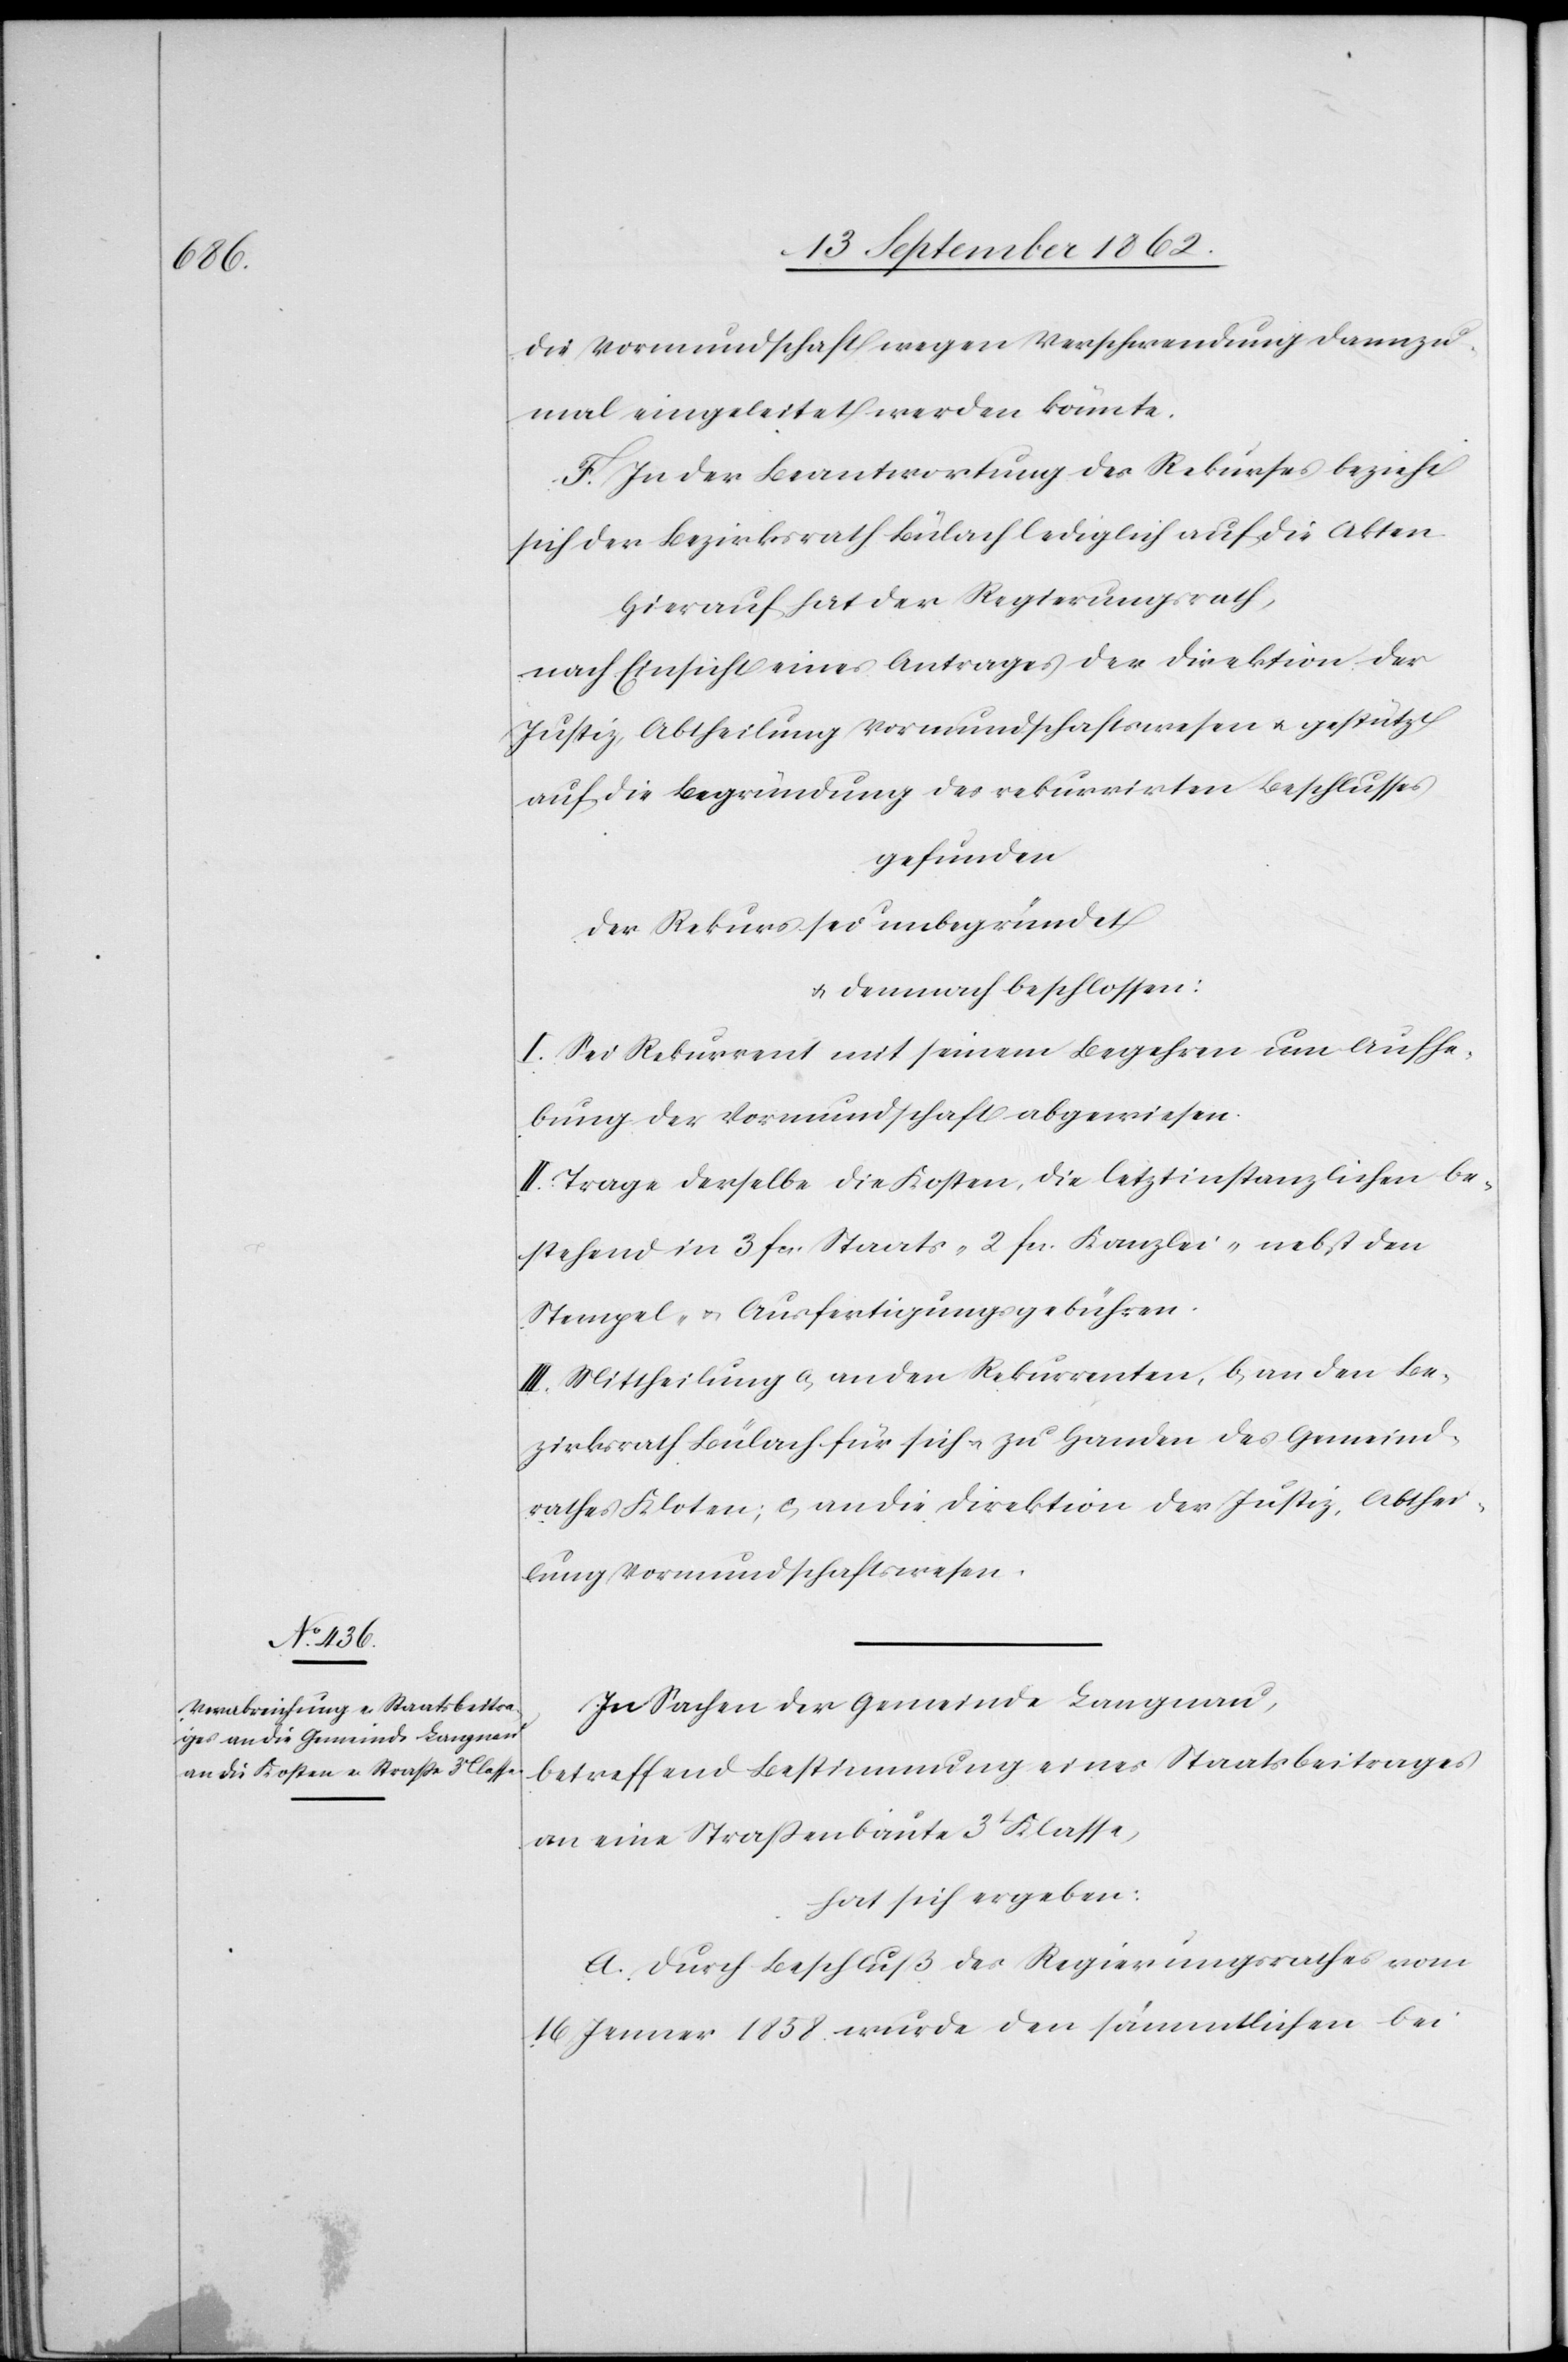
die Vormundschaft wegen Verschwendung dannzu¬
mal eingeleitet werden könnte.
F. In der Beantwortung des Rekurses bezieht
sich der Bezirksrath Bülach lediglich auf die Akten.
Hierauf hat der Regierungsrath,
nach Einsicht eines Antrages der Direktion der
Justiz, Abtheilung Vormundschaftswesen u. gestützt
auf die Begründung des rekurrirten Beschlusses
gefunden
der Rekurs sei unbegründet
u. demnach beschlossen:
I. Sei Rekurrent mit seinem Begehren um Aufhe¬
bung der Vormundschaft abgewiesen.
II. Trage derselbe die Kosten, die letztinstanzlichen be¬
stehend in 3 fcs. Staats-[,] 2 fcs. Kanzlei- nebst den
Stempel- u. Ausfertigungsgebühren.
III. Mittheilung a. an den Rekurrenten, b. an den Be¬
zirksrath Bülach für sich u. zu Handen des Gemeind¬
rathes Kloten; c. an die Direktion der Justiz, Abthei¬
lung Vormundschaftswesen.
In Sachen der Gemeinde Langnau,
betreffend Bestimmung eines Staatsbeitrages
an eine Straßenbaute 3t Klasse,
hat sich ergeben:
A. Durch Beschluß des Regierungsrathes vom
16. Jenner 1858 wurde den sämmtlichen bei